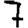
Digit: 7